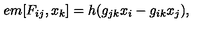
\hspace { + 5 e m } [ F _ { i j } , x _ { k } ] = h ( g _ { j k } x _ { i } - g _ { i k } x _ { j } ) ,